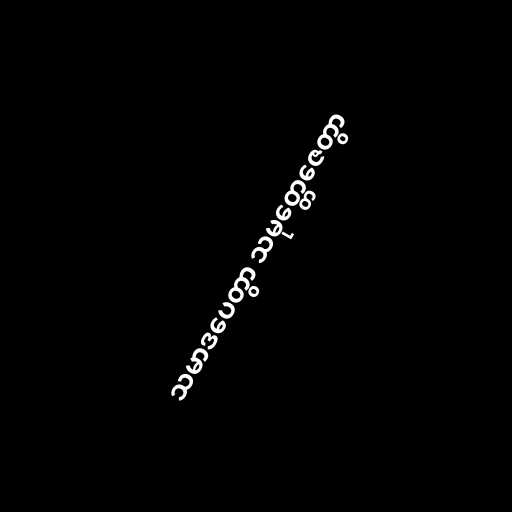
သမာဒပေတွာ သမုတ္တေဇေတွာ